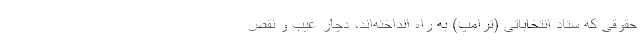
حقوقی که ستاد انتخاباتی (ترامپ) به راه‌ انداخته‌اند، دچار عیب و نقص